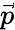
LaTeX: \vec{p}